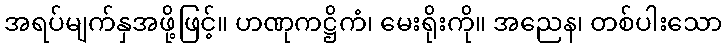
အရပ်မျက်နှအဖို့ဖြင့်။ ဟဏုကဋ္ဌိကံ၊ မေးရိုးကို။ အညေန၊ တစ်ပါးသော